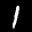
Label: 1